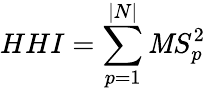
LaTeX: HHI=\sum_{p=1}^{|N|}\mathit{M}S_{p}^{2}